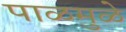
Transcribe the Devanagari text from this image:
पाळमुळे